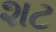
શટ